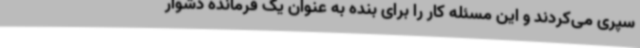
سپری می‌کردند و این مسئله کار را برای بنده به عنوان یک فرمانده دشوار